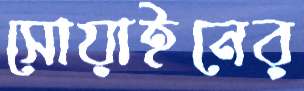
সোয়াইনের